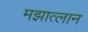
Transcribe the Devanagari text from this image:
मझात्लान